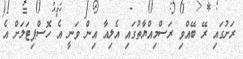
ރަށުގައި ރޭ ބޭއްވި ރަސްމިއްޔާތުގައި އެލިއާ އިން ވަނީ އެ ހޮސްޕިޓަލަށް އެ